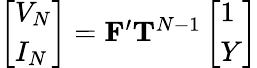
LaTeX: \begin{array}{r}{\left[\begin{array}{l}{V_{N}}\\ {I_{N}}\end{array}\right]=\mathbf{F^{\prime}}\mathbf{T}^{N-1}\left[\begin{array}{l}{1}\\ {Y}\end{array}\right]}\end{array}